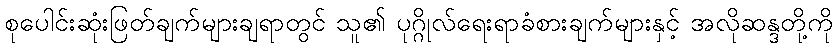
စုပေါင်းဆုံးဖြတ်ချက်များချရာတွင် သူ၏ ပုဂ္ဂိုလ်ရေးရာခံစားချက်များနှင့် အလိုဆန္ဒတို့ကို